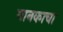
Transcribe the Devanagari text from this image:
मानकाचा